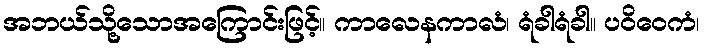
အဘယ်သို့သောအကြောင်းဖြင့်။ ကာလေနကာလံ၊ ရံခါရံခါ။ ပဝိဝေကံ၊